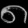
Digit: ၈